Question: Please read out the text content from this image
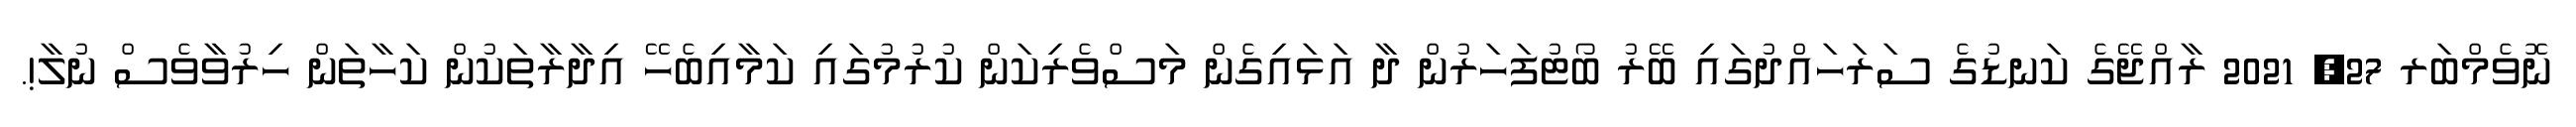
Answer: ނޮވެމްބަރ 27, 2021 ރާއްޖޭގެ ކަނޑުގެ ސަރަހައްދުގައި ބޭރު ބޯޓުފަހަރުން ދާ އަޅައިގެން މަސްވެރިކަން ކުރުމުގައި ކަމާއިބެހޭ އިދާރާތަކުން ކަހާތަން ހިރުވާވެސް ނުލާ!.